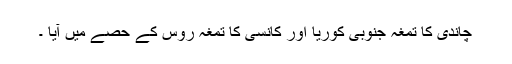
چاندی کا تمغہ جنوبی کوریا اور کانسی کا تمغہ روس کے حصے میں آیا ۔